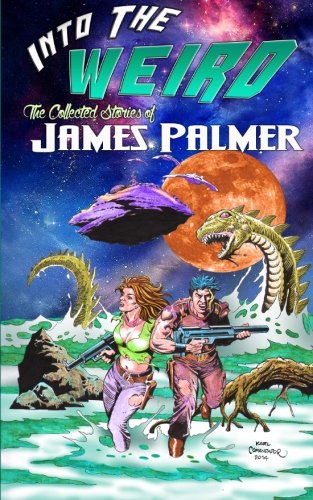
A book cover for Into the Weird: The Collected Stories of James Palmer; James Palmer; Science Fiction & Fantasy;